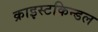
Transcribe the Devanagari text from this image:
क्राइस्टकिन्डल